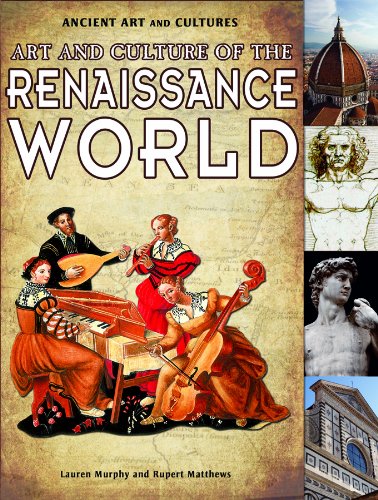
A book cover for Art and Culture of the Renaissance World (Ancient Art and Cultures); Lauren Murphy; Children's Books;